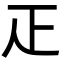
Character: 𤴓